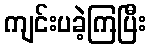
ကျင်းပခဲ့ကြပြီး